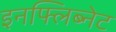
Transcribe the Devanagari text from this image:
इनफ्लिब्नेट